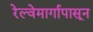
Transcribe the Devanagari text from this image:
रेल्वेमार्गापासून